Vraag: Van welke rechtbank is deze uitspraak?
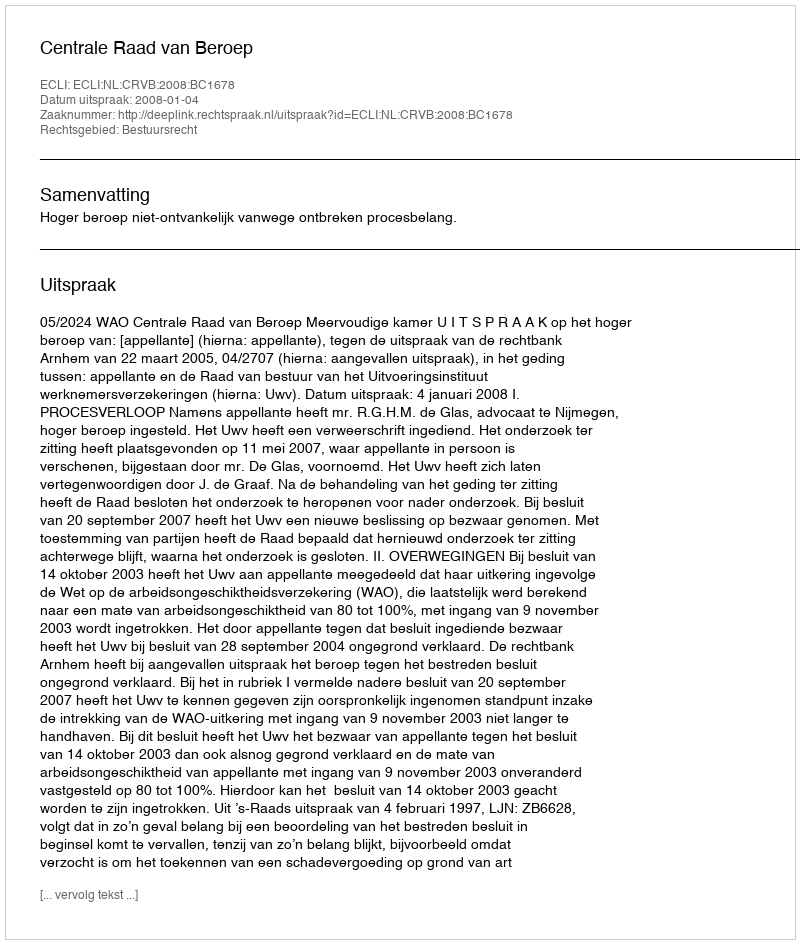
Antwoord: Centrale Raad van Beroep